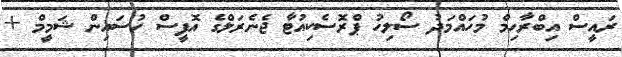
ރައީސް އިބްރާހިމް މުހައްމަދު ސޯލިހު ޕްރޮސެކިއުޓާ ޖެނެރަލްގެ އޮފީސް ހުސައިން ޝަމީމް +